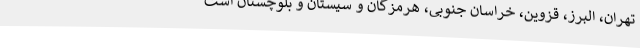
تهران، البرز، قزوین، خراسان جنوبی، هرمزگان و سیستان و بلوچستان است